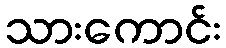
သားကောင်း